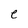
Character: e